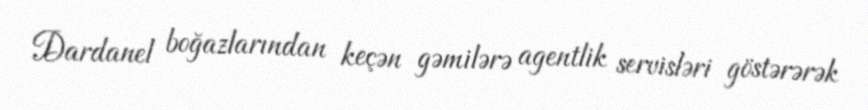
Dardanel boğazlarından keçən gəmilərə agentlik servisləri göstərərək